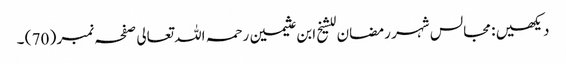
دیکھیں : مجالس شہر رمضان للشیخ ابن عثیمین رحمہ اللہ تعالی صفحہ نمبر ( 70 ) ۔